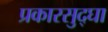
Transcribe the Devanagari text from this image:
प्रकारसुद्घा